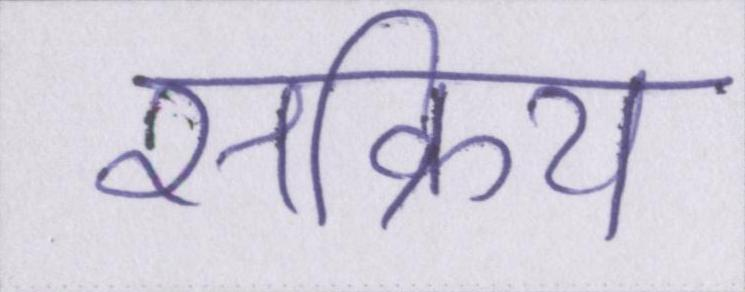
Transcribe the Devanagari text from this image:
सक्रिय